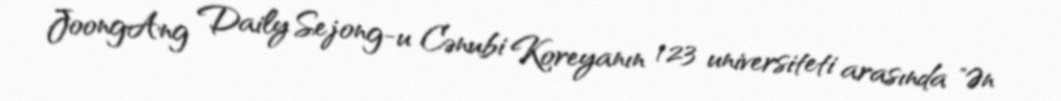
JoongAng Daily Sejong-u Cənubi Koreyanın 123 universiteti arasında "Ən